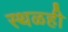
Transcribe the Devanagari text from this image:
स्थळही